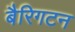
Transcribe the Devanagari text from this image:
बैरिगटन